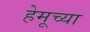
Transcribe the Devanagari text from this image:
हेमूच्या